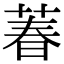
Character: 萶